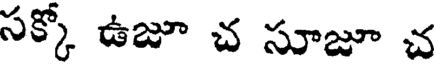
సక్కో ఉజూ చ సూజూ చ